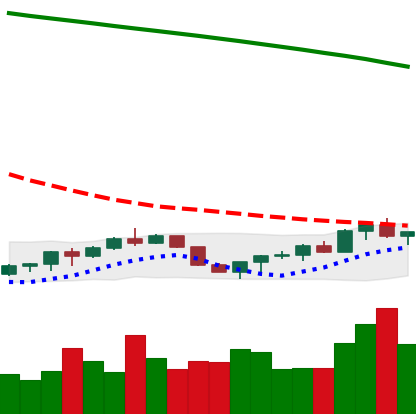
Ticker: EOS-USD
Chart end date: 2022-07-21
Forward return: 5.441%
Label: up_5_7